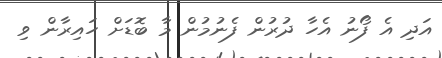
އަދި އެ ފޯނު އެހާ ދުރުން ފެނުމުން މާ ބޮޑަށް ހައިރާން ވި